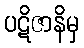
ပဋိဇာနိမှ